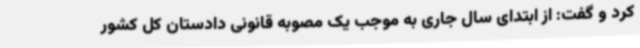
کرد و گفت: از ابتدای سال جاری به موجب یک مصوبه قانونی دادستان کل کشور